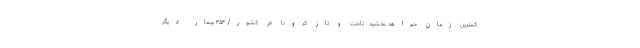
کمترین زمان خواهد بخشید . تاخت و تاز کرونا در کشور/ ۴۵۴ بیمار دیگر